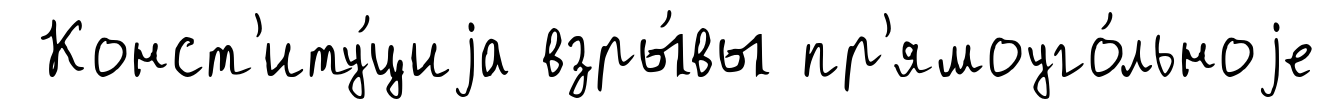
Конст'иту́циjа взры́вы пр'ямоуго́льноjе